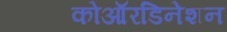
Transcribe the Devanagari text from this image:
कोऑरडिनेशन